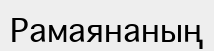
Рамаянаның